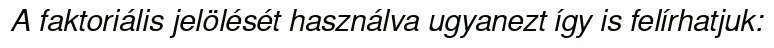
A faktoriális jelölését használva ugyanezt így is felírhatjuk: